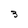
Character: 3